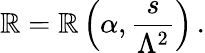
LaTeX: \mathbb{R}=\mathbb{R}\left(\alpha,{\frac{{s}}{{\Lambda^{2}}}}\right)\, .